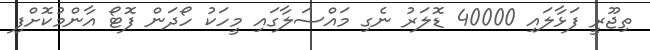
ތިޖޫރީ ފަޅާލައި 40000 ޑޮލަރު ނެގި މައްސަލާގައި މީހަކު ހޯދަން ފޮޓޯ އާންމުކޮށްފި